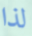
لذا